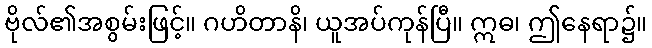
ဗိုလ်၏အစွမ်းဖြင့်။ ဂဟိတာနိ၊ ယူအပ်ကုန်ပြီ။ ဣဓ၊ ဤနေရာ၌။